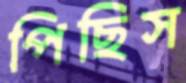
পিছিস